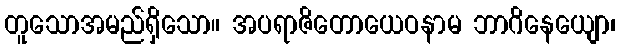
တူသောအမည်ရှိသော။ အပရာဇိတောယေဝနာမ ဘာဂိနေယျော၊